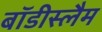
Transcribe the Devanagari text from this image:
बॉडीस्लैम